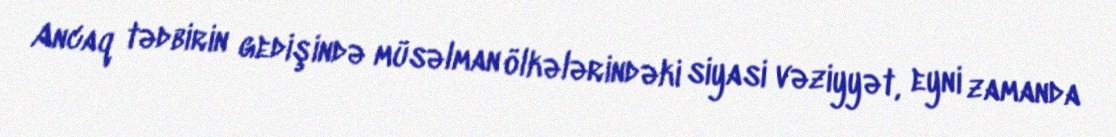
Ancaq tədbirin gedişində müsəlman ölkələrindəki siyasi vəziyyət, eyni zamanda